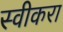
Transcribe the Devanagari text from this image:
स्वीकरा